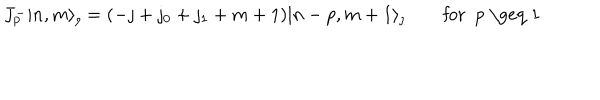
J _ { p } ^ { - } | n , m \rangle _ { \jmath } = ( - \jmath + \jmath _ { 0 } + \jmath _ { 1 } + m + 1 ) | n - p , m + 1 \rangle _ { \jmath } \qquad \mathrm { f o r ~ p ~ \geq ~ 1 ~ }